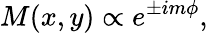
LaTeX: M(x,y)\propto e^{\pm im\phi},